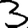
Digit: 3